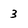
Character: 3